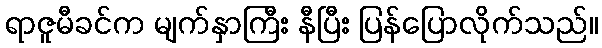
ရာဇူမီခင်က မျက်နှာကြီး နီပြီး ပြန်ပြောလိုက်သည်။